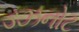
ડઝનોટ